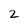
Character: 2